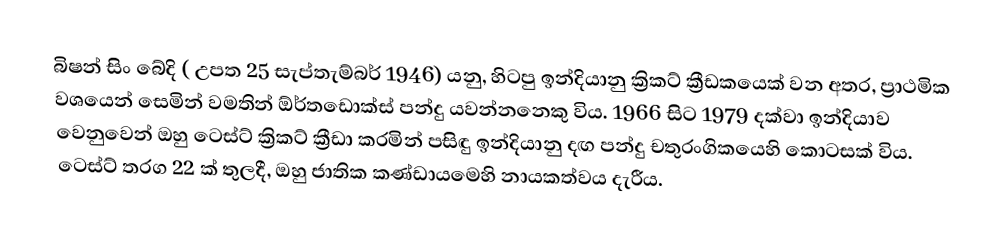
බිෂන් සිං බේදි  ( උපත 25 සැප්තැම්බර් 1946) යනු, හිටපු ඉන්දියානු ක්‍රිකට් ක්‍රීඩකයෙක් වන අතර, ප්‍රාථමික වශයෙන්  සෙමින් වමතින් ඕර්තඩොක්ස් පන්දු යවන්නනෙකු විය. 1966 සිට 1979 දක්වා ඉන්දියාව වෙනුවෙන් ඔහු  ටෙස්ට් ක්‍රිකට් ක්‍රීඩා කරමින් පසිඳු  ඉන්දියානු දඟ පන්දු චතුරංගිකයෙහි කොටසක් විය. ටෙස්ට් තරග 22 ක් තුලදී, ඔහු ජාතික කණ්ඩායමෙහි නායකත්වය දැරීය.